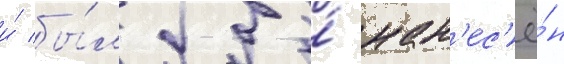
и́ бы́л бы́ нан'ес'ё́н